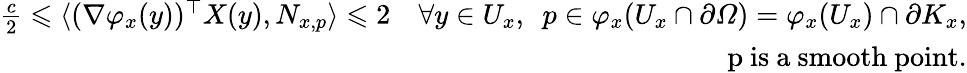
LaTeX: \begin{array}{r}{\frac{c}{2}\leqslant\langle(\nabla\varphi_{x}(y))^{\top}X(y),N_{x,p}\rangle\leqslant 2\quad\forall y\in U_{x},\, \, \, p\in\varphi_{x}(U_{x}\cap\partial\varOmega)=\varphi_{x}(U_{x})\cap\partial K_{x},}\\ {\mathrm{~p~is~a~smooth~point}.}\end{array}